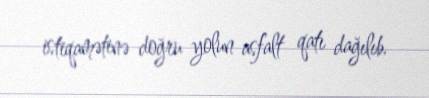
istiqamətinə doğru yolun asfalt qatı dağılıb.